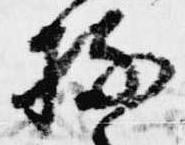
持